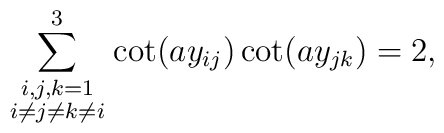
\sum_{\scriptstyle i,j,k=1 \atop \scriptstyle i\ne j\ne k\ne        i}^3 \cot(a y_{ij}) \cot(a y_{jk}) = 2,